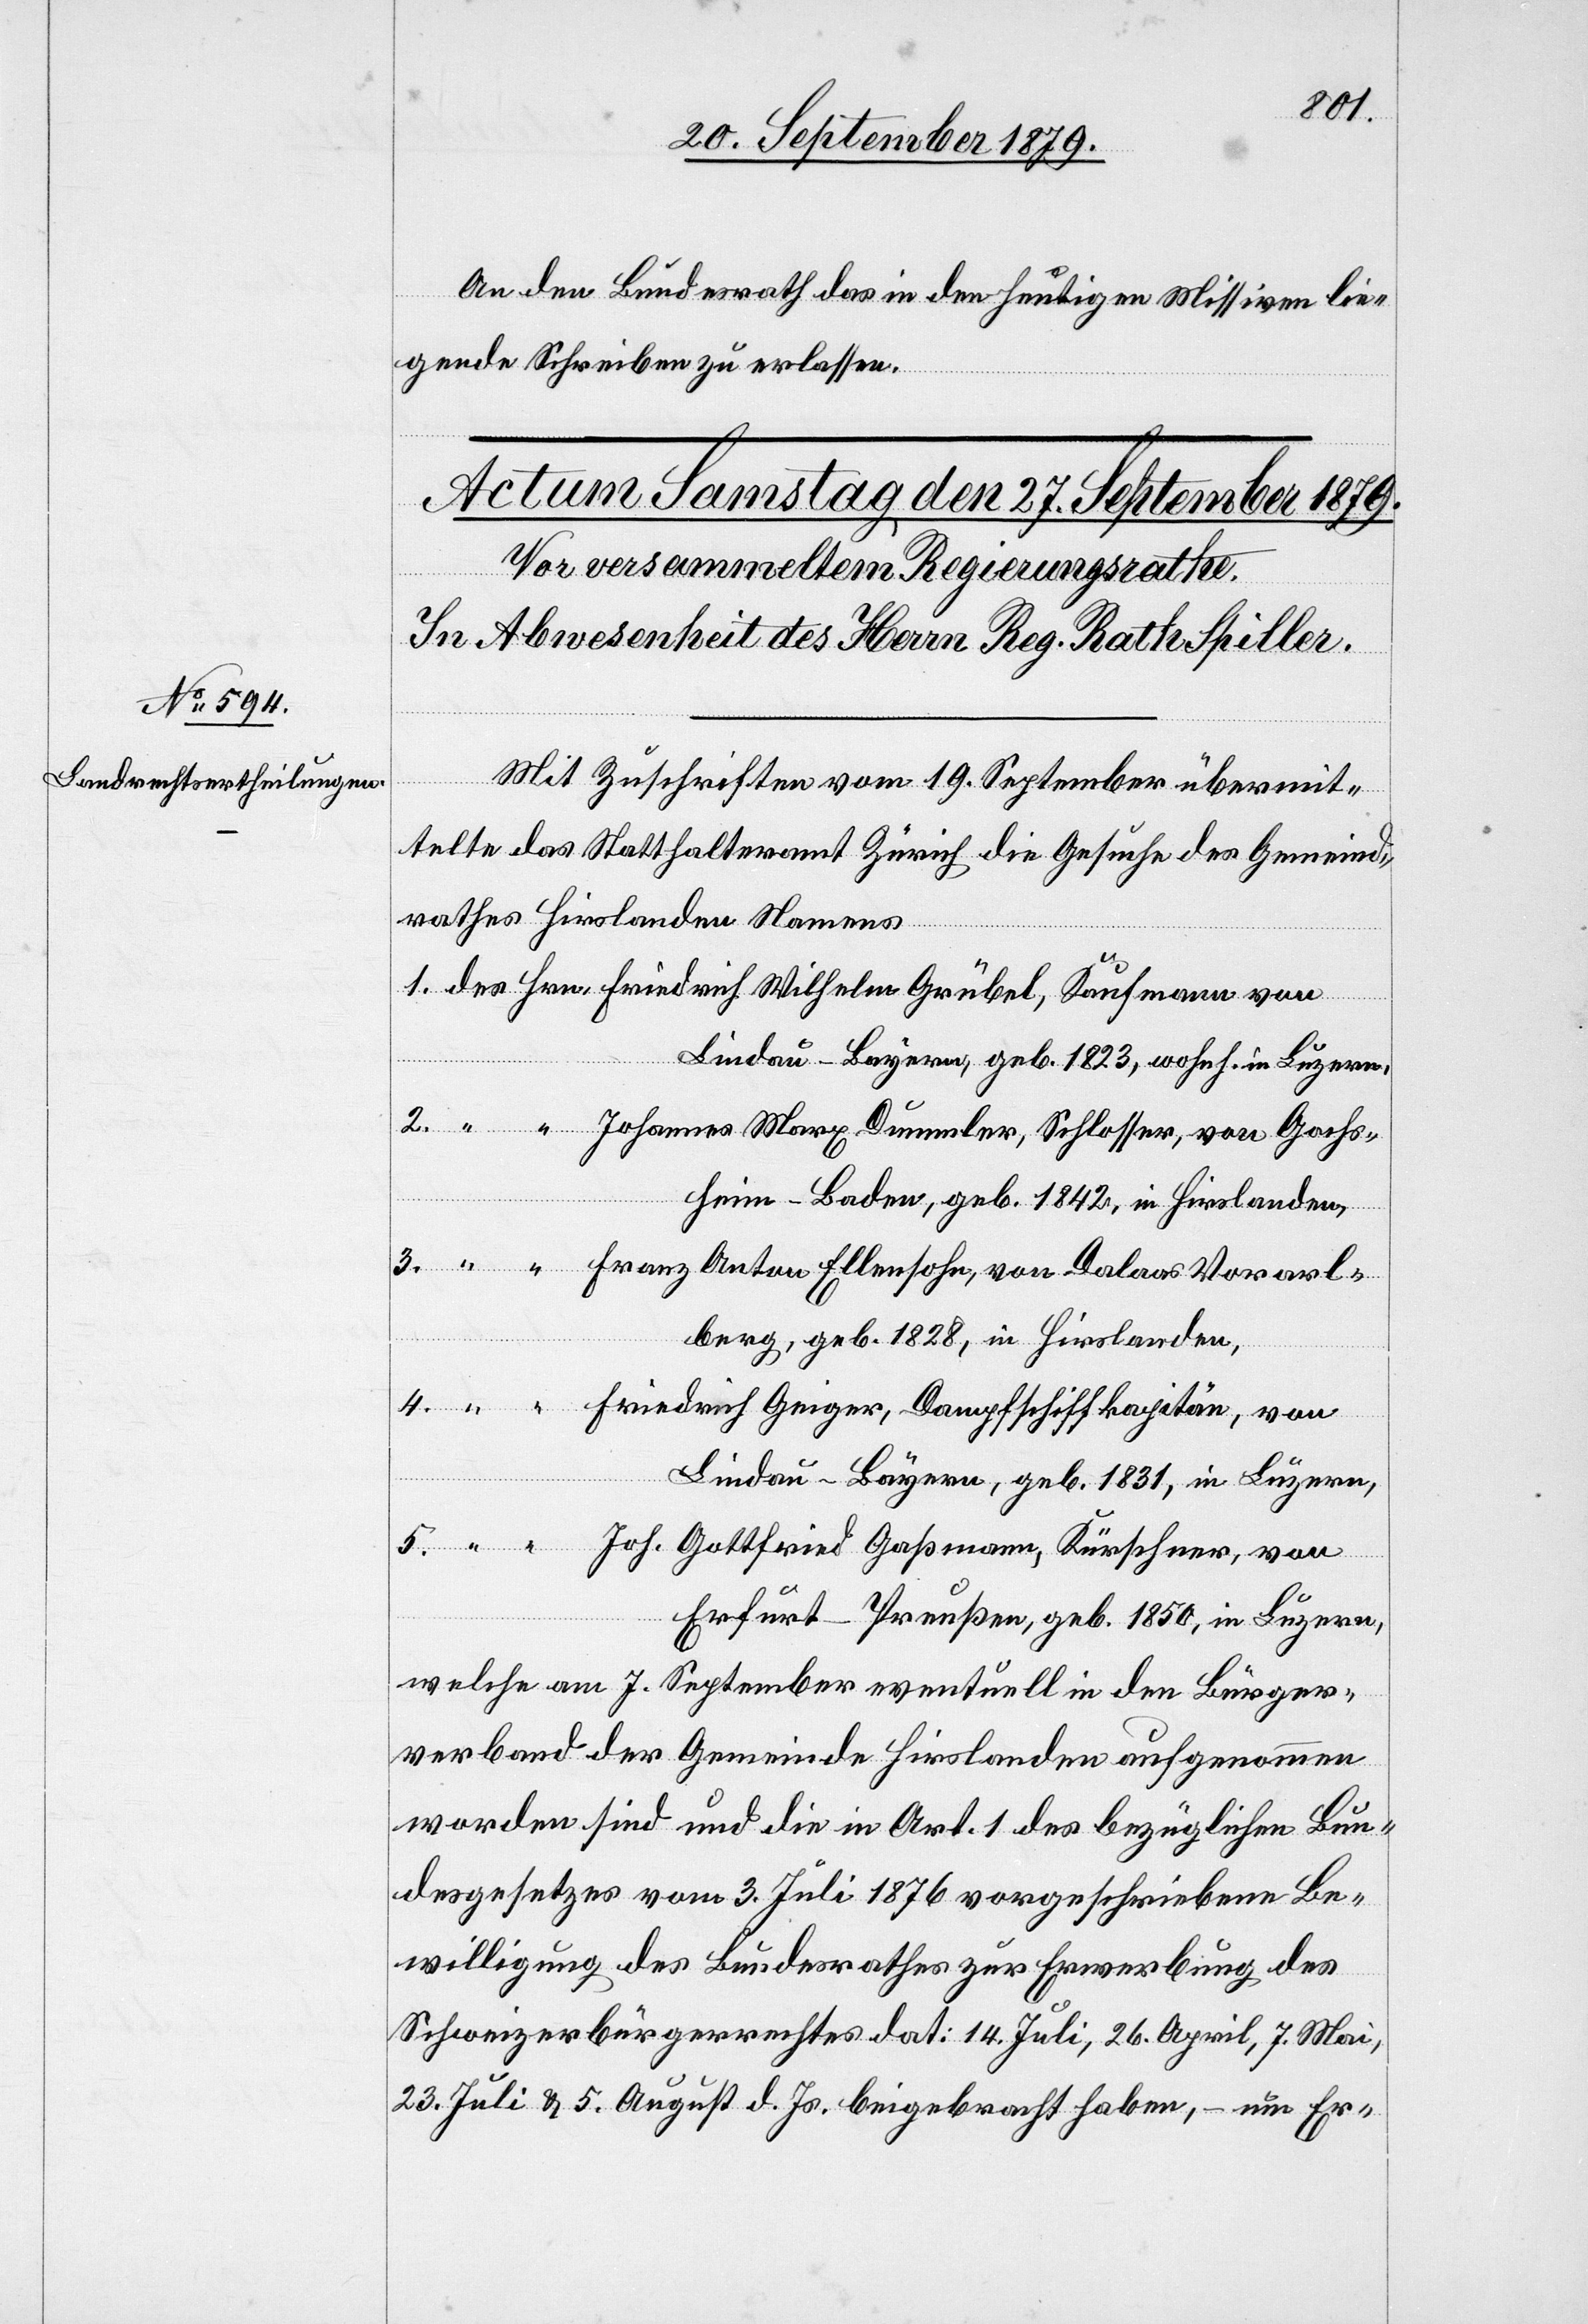
An den Bundesrath das in den heutigen Missiven lie¬
gende Schreiben zu erlassen.
5.
Mit Zuschrift vom 19. September übermit¬
telte das Statthalteramt Zürich die Gesuche des Gemeind¬
rathes Hirslanden Namens
Lindau - Bayern, geb. 1823, wohnh. in Luzern,
Johannes Marx Dummler, Schlosser, von Gochs¬
heim - Baden, geb. 1842, in Hirslanden,
berg, geb. 1828, in Hirslanden.
Friedrich Geiger, Dampfschiffkapitän, von
Lindau - Bayern, geb. 1831, in Luzern,
Joh. Gottfried Gaßmann, Kürschner, von
Erfurt - Preußen, geb. 1850, in Luzern,
welche am 7. September eventuell in den Bürger¬
verband der Gemeinde Hirslanden aufgenommen
worden sind und die in Art. 1 des bezüglichen Bun¬
desgesetzes vom 3. Juli 1876 vorgeschriebene Be¬
willigung des Bundesrathes zur Erwerbung des
Schweizerbürgerrechtes dat. 14. Juli, 26. April, 7. Mai,
23. Juli & 5. August d. Js. beigebracht haben, – um Er-